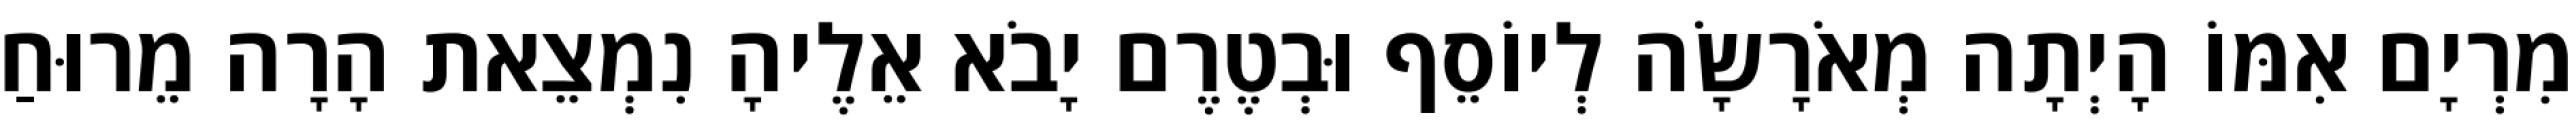
מִרְיָם אִמּוֹ הָיְתָה מְאֹרָשָׂה לְיוֹסֵף וּבְטֶרֶם יָבֹא אֵלֶיהָ נִמְצֵאת הָרָה מֵרוּחַ